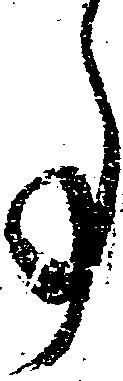
事